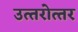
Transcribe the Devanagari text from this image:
उत्‍तरोत्‍तर